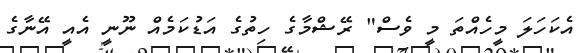
އެކަހަލަ މީހެއްތަ މީ ވެސް" ރޭޝްމާގެ ހިތުގެ އަޑުކަމެއް ނޫނީ އެއީ އޭނާގެ